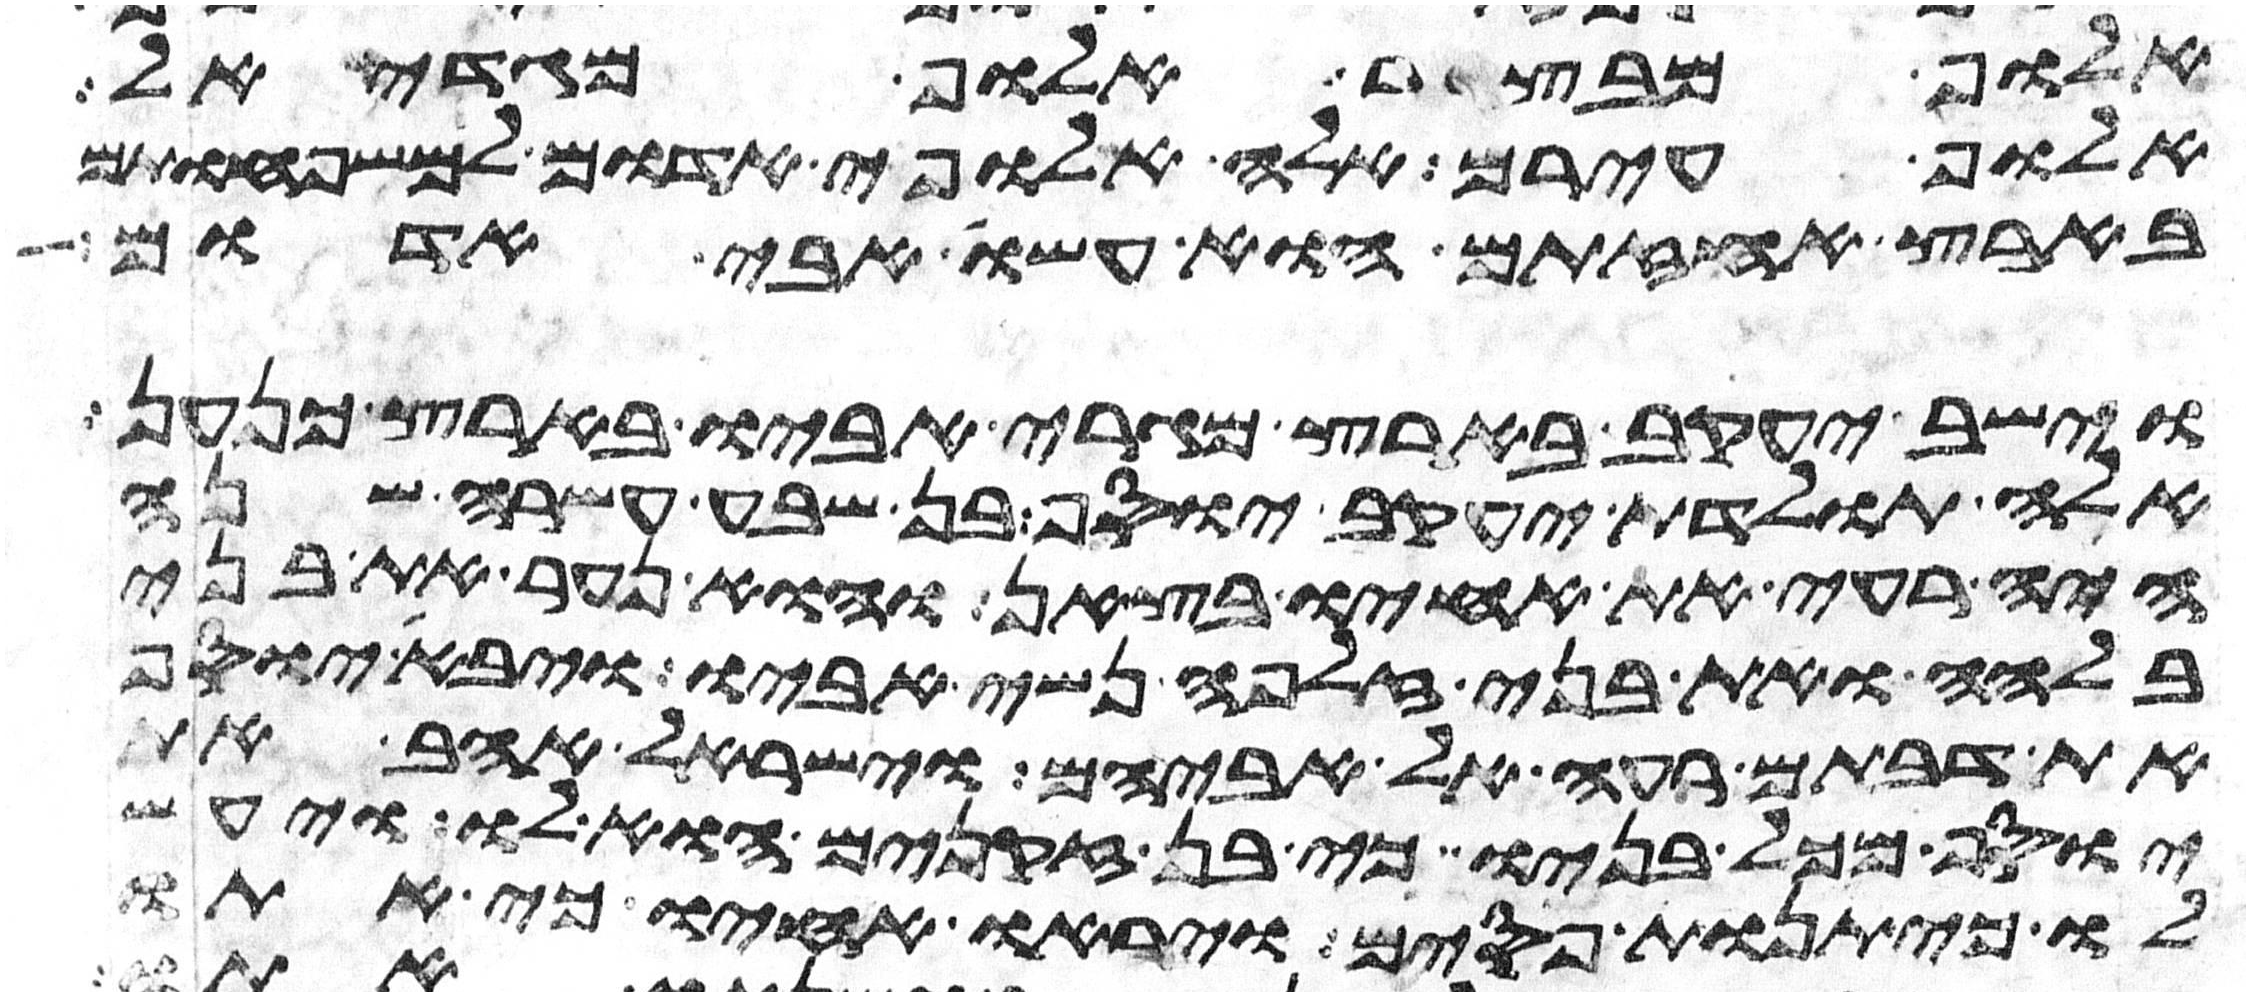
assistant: אלוף מבצר אלוף מגדאל
אלוף עירם אלה אלופי אדום למשפחותם
בארץ אחזתם הוא עשו אבי אדום
וישב יעקב בארץ מגרי אביו בארץ כנען
אלה תולדת יעקב יוסף בן שבע עשרה שנה
היה רעה את אחיו בצאן והוא נער את בני
בלהה ואת בני זלפה נשי אביו ויבא יוסף
את דבתם רעה אל אביהם וישראל אהב את
יוסף מכל בניו כי בן זקנים הוא לו ויעש
לו כיתנת פסים ויראו אחיו כי אתו